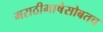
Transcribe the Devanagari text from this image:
मराठीभाषेसोबतच